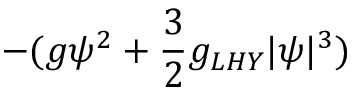
- ( g \psi ^ { 2 } + \frac { 3 } { 2 } g _ { L H Y } | \psi | ^ { 3 } )